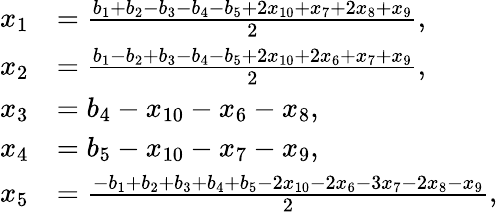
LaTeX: \begin{array}{rl}{x_{1}}&{=\frac{b_{1}+b_{2}-b_{3}-b_{4}-b_{5}+2x_{10}+x_{7}+2x_{8}+x_{9}}{2},}\\ {x_{2}}&{=\frac{b_{1}-b_{2}+b_{3}-b_{4}-b_{5}+2x_{10}+2x_{6}+x_{7}+x_{9}}{2},}\\ {x_{3}}&{=b_{4}-x_{10}-x_{6}-x_{8},}\\ {x_{4}}&{=b_{5}-x_{10}-x_{7}-x_{9},}\\ {x_{5}}&{=\frac{-b_{1}+b_{2}+b_{3}+b_{4}+b_{5}-2x_{10}-2x_{6}-3x_{7}-2x_{8}-x_{9}}{2},}\end{array}